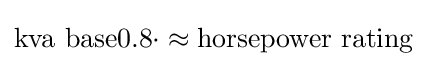
{\text{kva base}}0.8\cdot \approx {\text{horsepower rating}}